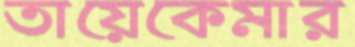
তায়েকেমার